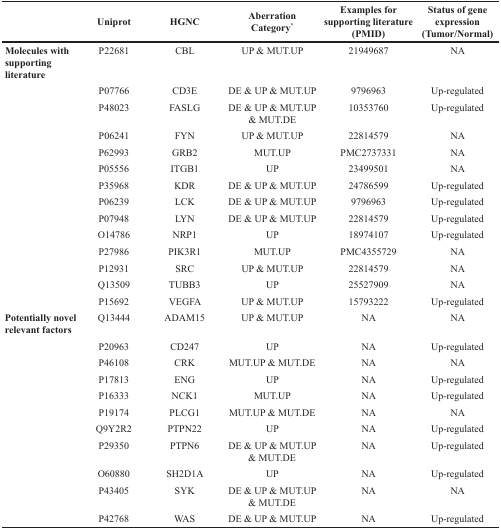
<table><thead><tr><td></td><td><b>Uniprot</b></td><td><b>HGNC</b></td><td><b>Aberration Category<sup>*</sup></b></td><td><b>Examples for supporting literature (PMID)</b></td><td><b>Status of gene expression (Tumor/Normal)</b></td></tr></thead><tbody><tr><td><b>Molecules with supporting literature</b></td><td>P22681</td><td>CBL</td><td>UP &amp; MUT.UP</td><td>21949687</td><td>NA</td></tr><tr><td></td><td>P07766</td><td>CD3E</td><td>DE &amp; UP &amp; MUT.UP</td><td>9796963</td><td>Up-regulated</td></tr><tr><td></td><td>P48023</td><td>FASLG</td><td>DE &amp; UP &amp; MUT.UP &amp; MUT.DE</td><td>10353760</td><td>Up-regulated</td></tr><tr><td></td><td>P06241</td><td>FYN</td><td>UP &amp; MUT.UP</td><td>22814579</td><td>NA</td></tr><tr><td></td><td>P62993</td><td>GRB2</td><td>MUT.UP</td><td>PMC2737331</td><td>NA</td></tr><tr><td></td><td>P05556</td><td>ITGB1</td><td>UP</td><td>23499501</td><td>NA</td></tr><tr><td></td><td>P35968</td><td>KDR</td><td>DE &amp; UP &amp; MUT.UP</td><td>24786599</td><td>Up-regulated</td></tr><tr><td></td><td>P06239</td><td>LCK</td><td>DE &amp; UP &amp; MUT.UP</td><td>9796963</td><td>Up-regulated</td></tr><tr><td></td><td>P07948</td><td>LYN</td><td>DE &amp; UP &amp; MUT.UP</td><td>22814579</td><td>Up-regulated</td></tr><tr><td></td><td>O14786</td><td>NRP1</td><td>UP</td><td>18974107</td><td>Up-regulated</td></tr><tr><td></td><td>P27986</td><td>PIK3R1</td><td>MUT.UP</td><td>PMC4355729</td><td>NA</td></tr><tr><td></td><td>P12931</td><td>SRC</td><td>UP &amp; MUT.UP</td><td>22814579</td><td>NA</td></tr><tr><td></td><td>Q13509</td><td>TUBB3</td><td>UP</td><td>25527909</td><td>NA</td></tr><tr><td></td><td>P15692</td><td>VEGFA</td><td>UP &amp; MUT.UP</td><td>15793222</td><td>Up-regulated</td></tr><tr><td><b>Potentially novel relevant factors</b></td><td>Q13444</td><td>ADAM15</td><td>UP &amp; MUT.UP</td><td>NA</td><td>NA</td></tr><tr><td></td><td>P20963</td><td>CD247</td><td>UP</td><td>NA</td><td>Up-regulated</td></tr><tr><td></td><td>P46108</td><td>CRK</td><td>MUT.UP &amp; MUT.DE</td><td>NA</td><td>NA</td></tr><tr><td></td><td>P17813</td><td>ENG</td><td>UP</td><td>NA</td><td>Up-regulated</td></tr><tr><td></td><td>P16333</td><td>NCK1</td><td>MUT.UP</td><td>NA</td><td>Up-regulated</td></tr><tr><td></td><td>P19174</td><td>PLCG1</td><td>MUT.UP &amp; MUT.DE</td><td>NA</td><td>NA</td></tr><tr><td></td><td>Q9Y2R2</td><td>PTPN22</td><td>UP</td><td>NA</td><td>Up-regulated</td></tr><tr><td></td><td>P29350</td><td>PTPN6</td><td>DE &amp; UP &amp; MUT.UP &amp; MUT.DE</td><td>NA</td><td>Up-regulated</td></tr><tr><td></td><td>O60880</td><td>SH2D1A</td><td>UP</td><td>NA</td><td>Up-regulated</td></tr><tr><td></td><td>P43405</td><td>SYK</td><td>DE &amp; UP &amp; MUT.UP &amp; MUT.DE</td><td>NA</td><td>NA</td></tr><tr><td></td><td>P42768</td><td>WAS</td><td>DE &amp; UP &amp; MUT.UP</td><td>NA</td><td>Up-regulated</td></tr></tbody></table>